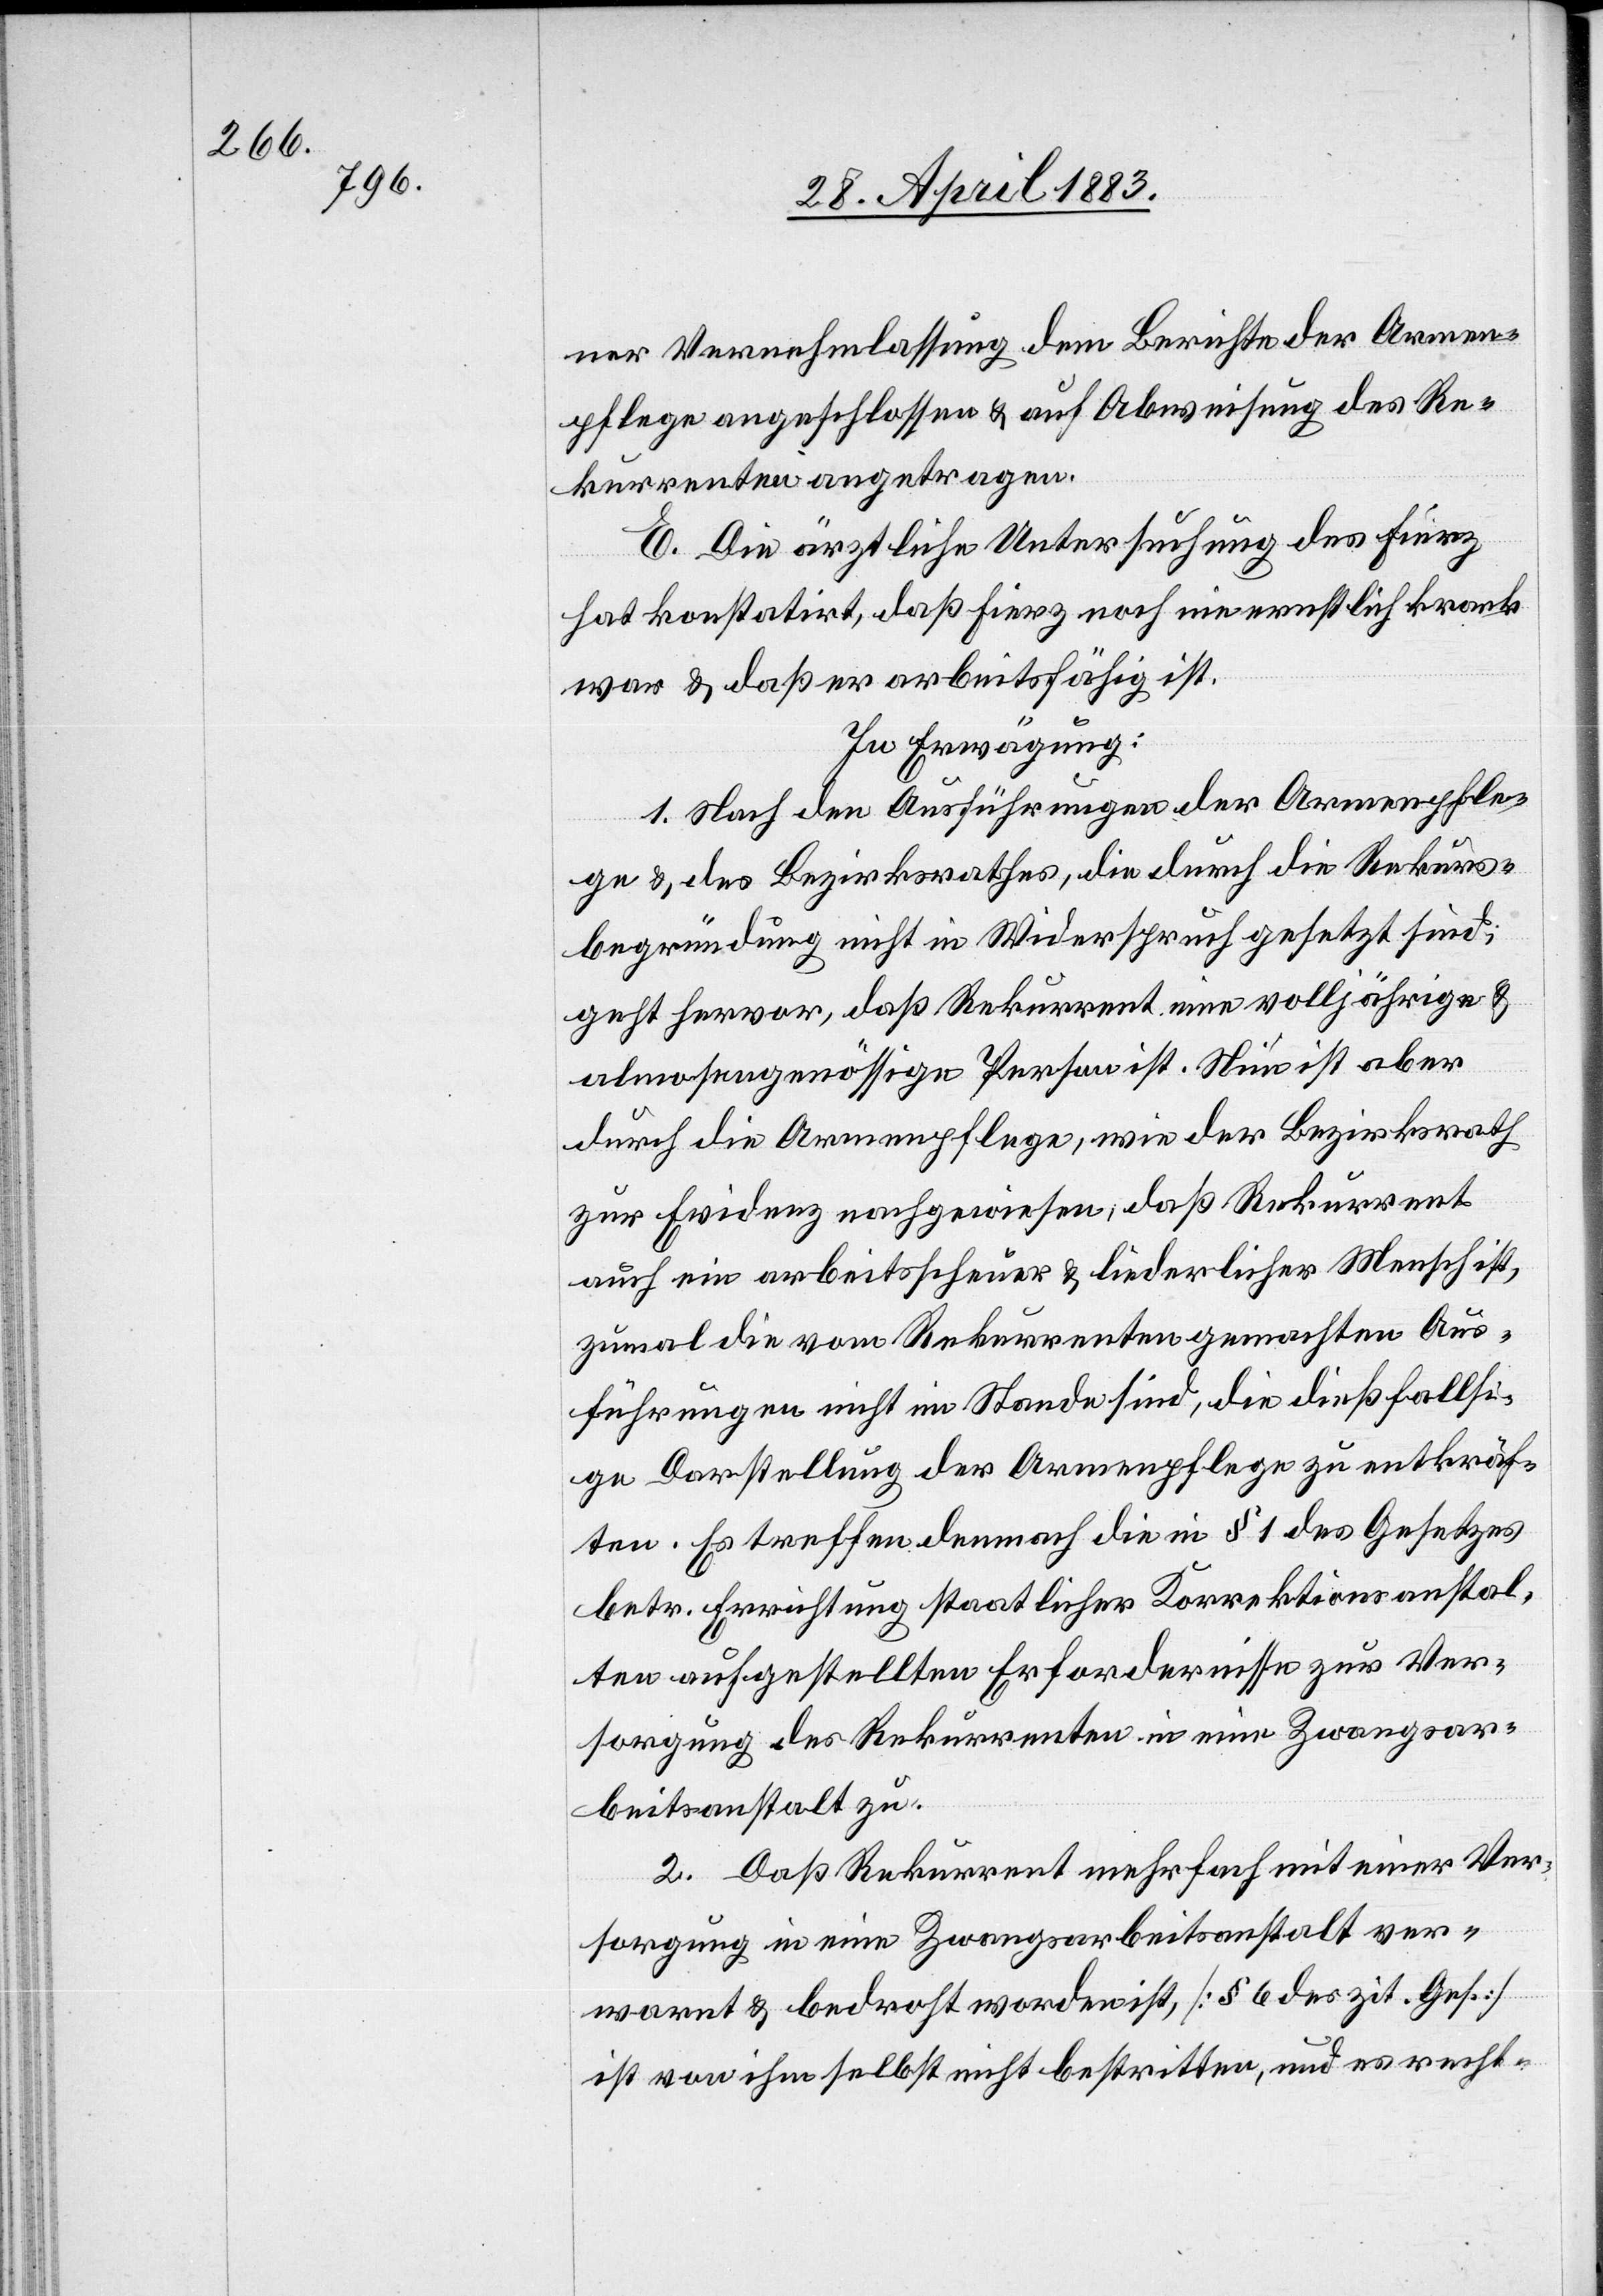
ner Vernehmlassung dem Berichte der Armen¬
pflege angeschlossen & auf Abweisung des Re¬
kurrenten angetragen.
E. Die ärztliche Untersuchung des Fierz
hat konstatirt, daß Fierz noch nie ernstlich krank
war & daß er arbeitsfähig ist.
In Erwägung:
1. Nach den Ausführungen der Armenpfle¬
ge & des Bezirksrath, die durch die Rekurs¬
begründung nicht in Widerspruch gesetzt sind,
geht hervor, daß Rekurrenten eine volljährige &
almosengenössige Person ist. Nun ist aber
durch die Armenpflege, wie der Bezirksrath
zur Evidenz nachgewiesen, daß Rekurrent
auch ein arbeitsscheuer & liederlicher Mensch ist,
zumal die vom Rekurrenten gemachten Aus¬
führungen nicht im Stande sind, die dießfälli¬
ge Darstellung der Armenpflege zu entkräf¬
ten. Es treffen demnach die in § 1 des Gesetzes
betr. Errichtung staatlicher Korrektionsanstal¬
ten aufgestellten Erfordernisse zur Ver¬
sorgung des Rekurrenten in eine Zwangsar¬
beitsanstalt zu.
2. Daß Rekurrent mehrfach mit einer Ver¬
sorgung in eine Zwangsarbeitsanstalt ver¬
warnt & bedroht worden ist, [§ 6 des zit. Ges.]
ist von ihm selbst nicht bestritten, und es recht-